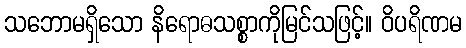
သဘောမရှိသော နိရောဓသစ္စာကိုမြင်သဖြင့်။ ဝိပရိဏမ